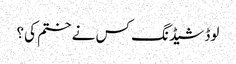
لوڈ شیڈنگ کس نے ختم کی؟